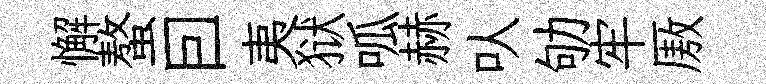
懈螯囙夷狱呱赫㕥劬牢厫